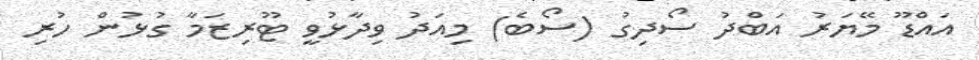
އައްޑޫ މޭޔަރު އަބްދު ސޯދިގު (ސޯބެ) މިއަދު ވިދާޅުވީ ޓޫރިޒަމާ ގުޅުން ހުރި